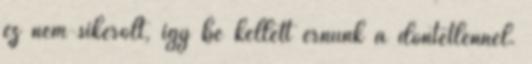
ez nem sikerölt, így be kellett érnünk a döntetlennel.